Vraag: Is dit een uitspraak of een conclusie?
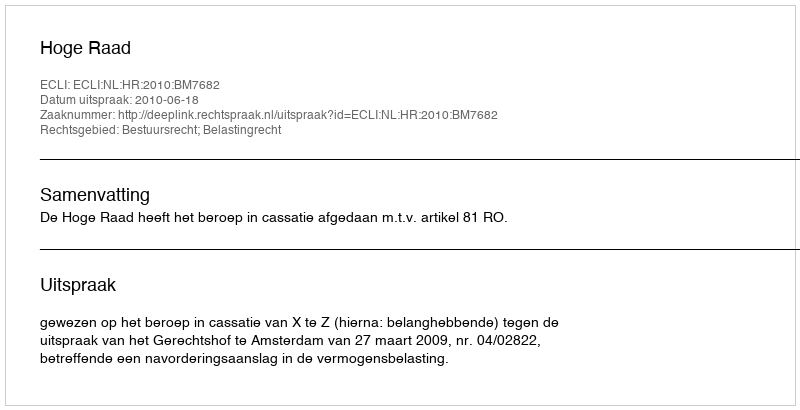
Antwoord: Uitspraak